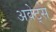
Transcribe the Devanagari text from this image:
अवेट्स